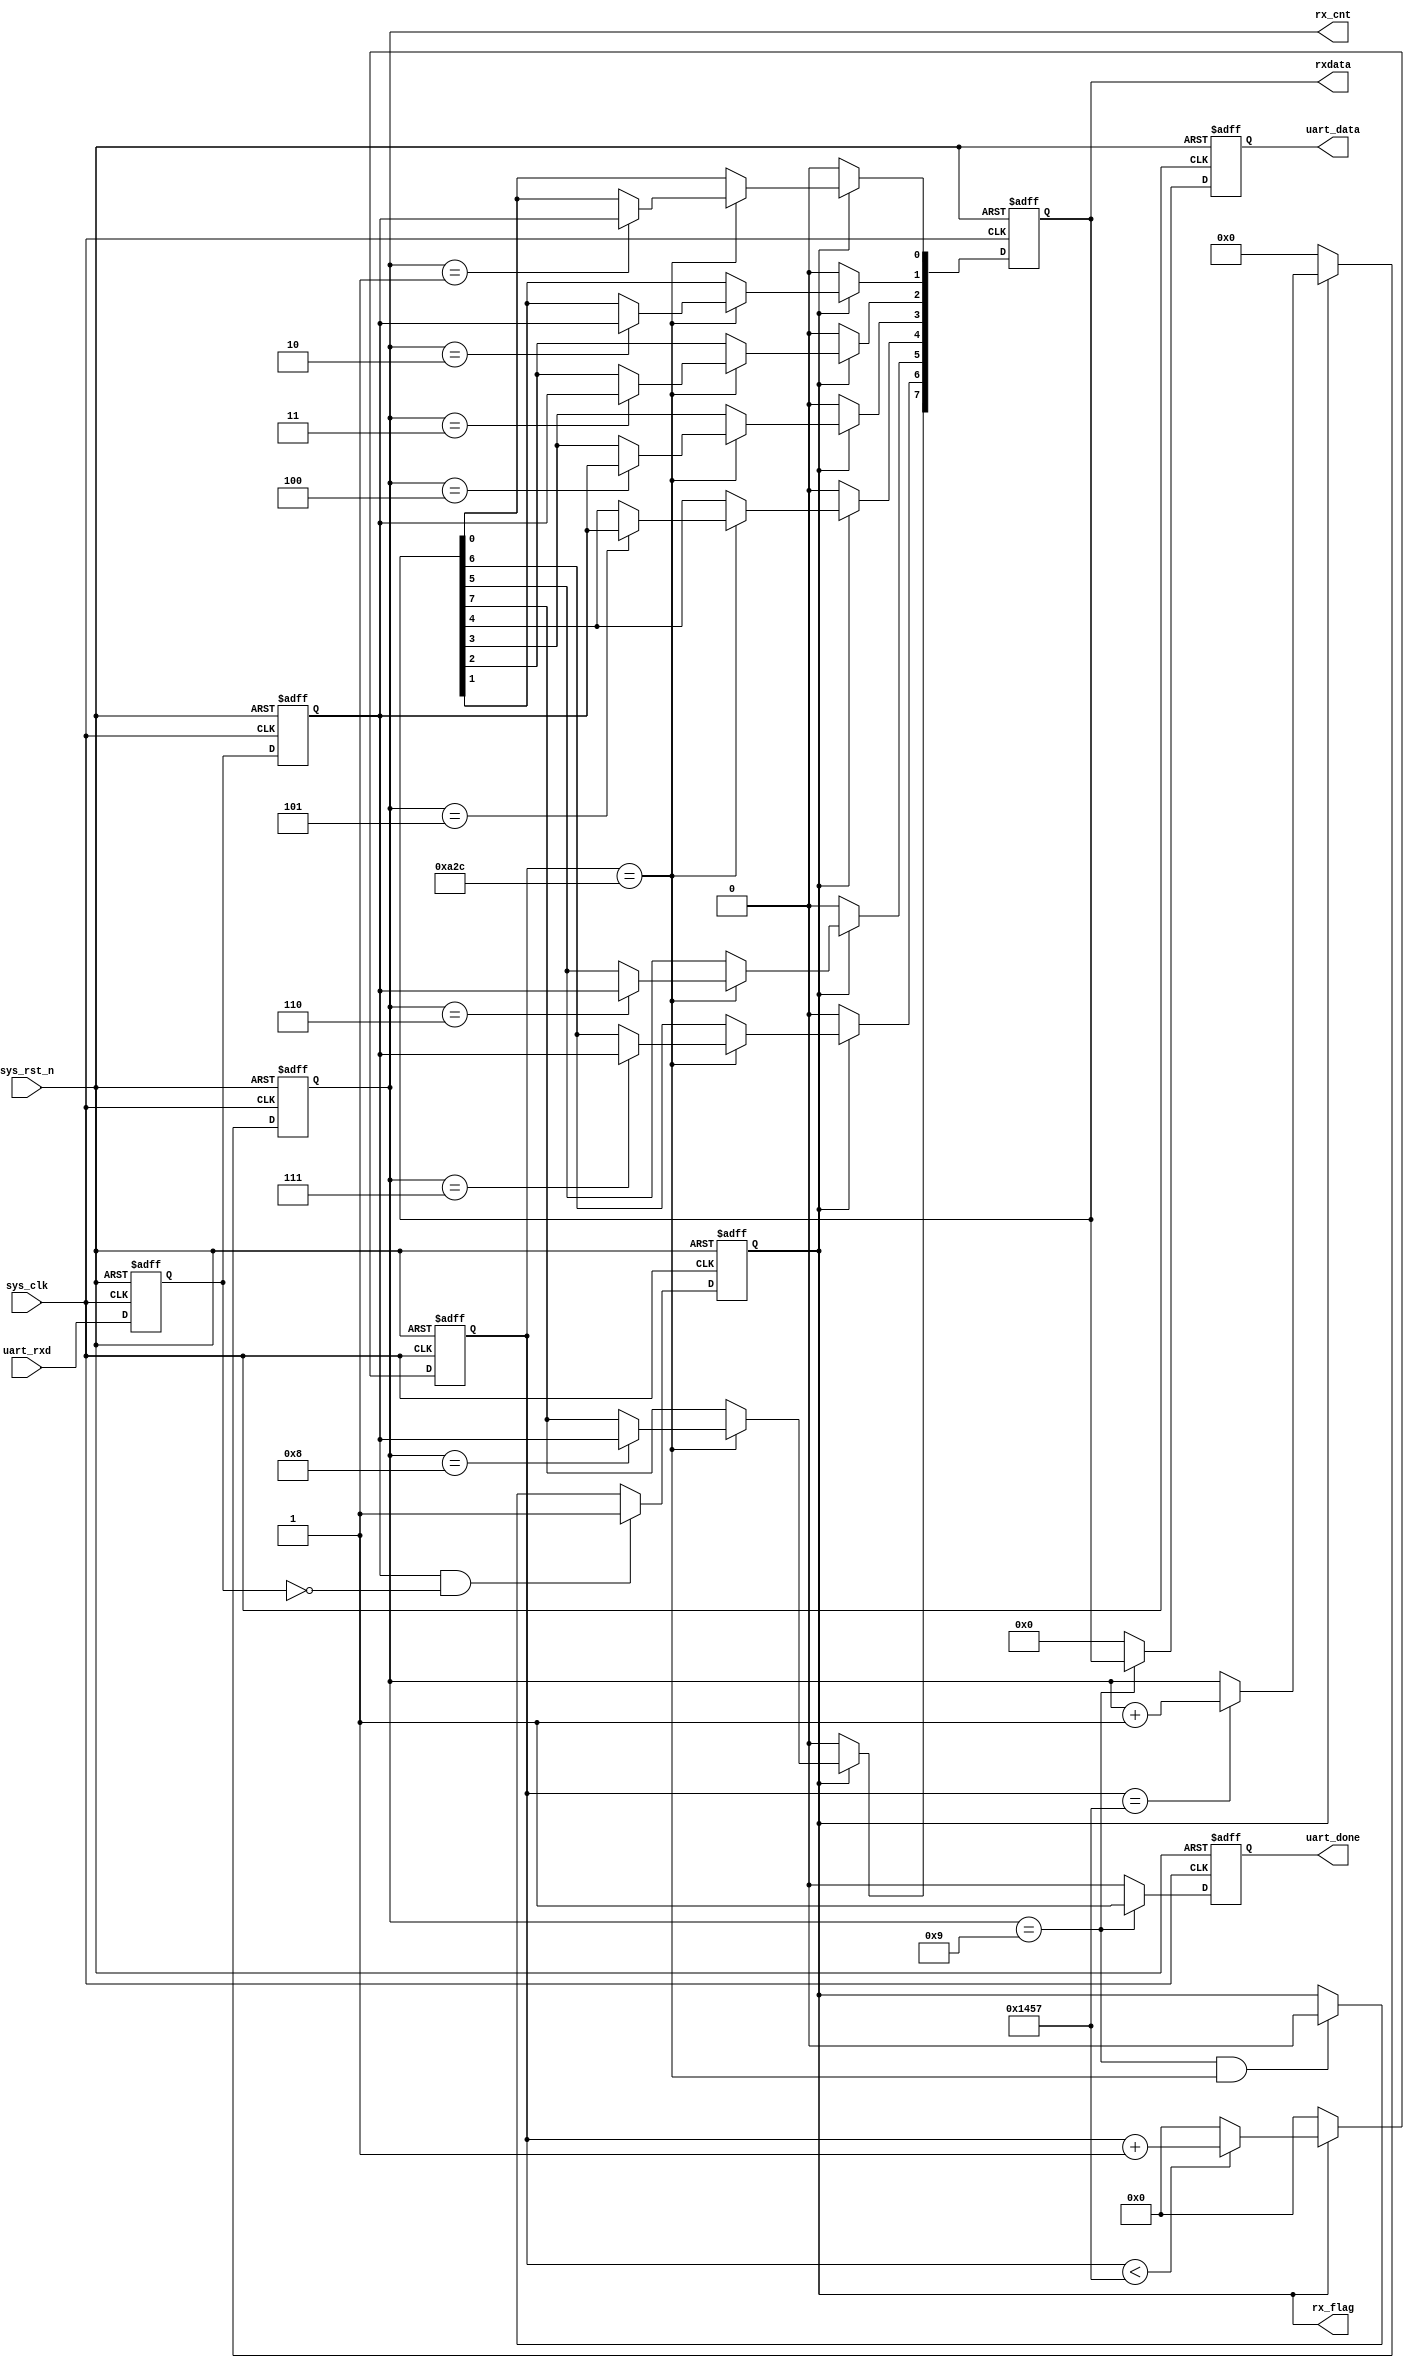
module uart_recv(input sys_clk,
                 input sys_rst_n,
                 input uart_rxd,
                 output reg uart_done,
                 output reg rx_flag,
                 output reg [3:0] rx_cnt,
                 output reg [7:0] rxdata,
                 output reg [7:0] uart_data);
    
    //parameter define
    parameter  CLK_FREQ = 50000000; // default 50Mhz
    parameter  UART_BPS = 9600;  // default 9600bps
    localparam  BPS_CNT = CLK_FREQ/UART_BPS;
    
    //reg define
    reg        uart_rxd_d0;
    reg        uart_rxd_d1;
    reg [15:0] clk_cnt;
    
    //wire define
    wire       start_flag;
    
    assign  start_flag = uart_rxd_d1 & (~uart_rxd_d0);
    
    always @(posedge sys_clk or negedge sys_rst_n) begin
        if (!sys_rst_n) begin
            uart_rxd_d0 <= 1'b0;
            uart_rxd_d1 <= 1'b0;
        end
        else begin
            uart_rxd_d0 <= uart_rxd;
            uart_rxd_d1 <= uart_rxd_d0;
        end
    end
    
    always @(posedge sys_clk or negedge sys_rst_n) begin
        if (!sys_rst_n)
            rx_flag <= 1'b0;
        else begin
            if (start_flag)
                rx_flag <= 1'b1;
            else if ((rx_cnt == 4'd9) && (clk_cnt == BPS_CNT/2))
                rx_flag <= 1'b0;
            else
                rx_flag <= rx_flag;
        end
    end
    
    always @(posedge sys_clk or negedge sys_rst_n) begin
        if (!sys_rst_n)
            clk_cnt <= 16'd0;
        else if (rx_flag) begin
            if (clk_cnt < BPS_CNT - 1)
                clk_cnt <= clk_cnt + 1'b1;
            else
                clk_cnt <= 16'd0;
        end
        else
            clk_cnt <= 16'd0;
    end
    
    always @(posedge sys_clk or negedge sys_rst_n) begin
        if (!sys_rst_n)
            rx_cnt <= 4'd0;
        else if (rx_flag) begin
            if (clk_cnt == BPS_CNT - 1)
                rx_cnt <= rx_cnt + 1'b1;
            else
                rx_cnt <= rx_cnt;
        end
        else
            rx_cnt <= 4'd0;
    end

    reg test_sig = 1'b0;
    
    always @(posedge sys_clk or negedge sys_rst_n) begin
        if (!sys_rst_n)
            rxdata <= 8'd0;
        else if (rx_flag)
            if (clk_cnt == BPS_CNT/2) begin
                test_sig <= 1'b1;
                case (rx_cnt)
                    4'd1 : rxdata[0] <= uart_rxd_d1;
                    4'd2 : rxdata[1] <= uart_rxd_d1;
                    4'd3 : rxdata[2] <= uart_rxd_d1;
                    4'd4 : rxdata[3] <= uart_rxd_d1;
                    4'd5 : rxdata[4] <= uart_rxd_d1;
                    4'd6 : rxdata[5] <= uart_rxd_d1;
                    4'd7 : rxdata[6] <= uart_rxd_d1;
                    4'd8 : rxdata[7] <= uart_rxd_d1;
                    default:;
                endcase
            end
            else begin
                rxdata <= rxdata;
                test_sig <= 1'b0;
            end
        else
            rxdata <= 8'd0;
    end
        
    always @(posedge sys_clk or negedge sys_rst_n) begin
        if (!sys_rst_n) begin
            uart_data <= 8'd0;
            uart_done <= 1'b0;
        end
        else if (rx_cnt == 4'd9) begin
            uart_data <= rxdata;
            uart_done <= 1'b1;
        end
        else begin
            uart_data <= 8'd0;
            uart_done <= 1'b0;
        end
    end
        
endmodule